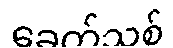
ခေတ်သစ်